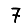
Digit: 7